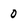
Character: 0